Problem: 8 + 50 = ?
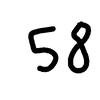
Handwritten answer: 58